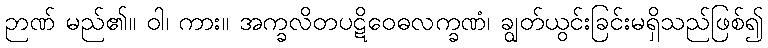
ဉာဏ် မည်၏။ ဝါ၊ ကား။ အက္ခလိတပဋိဝေဓလက္ခဏံ၊ ချွတ်ယွင်းခြင်းမရှိသည်ဖြစ်၍